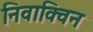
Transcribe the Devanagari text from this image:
निवाक्विन